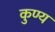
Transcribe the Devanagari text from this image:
कुण्य